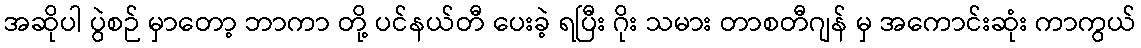
အဆိုပါ ပွဲစဉ် မှာတော့ ဘာကာ တို့ ပင်နယ်တီ ပေးခဲ့ ရပြီး ဂိုး သမား တာစတီဂျန် မှ အကောင်းဆုံး ကာကွယ်